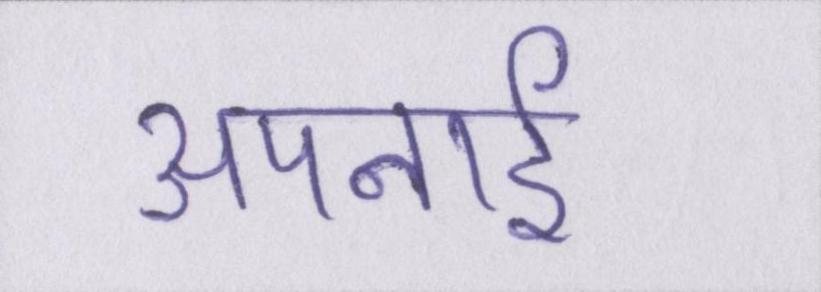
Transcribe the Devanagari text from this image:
अपनाई